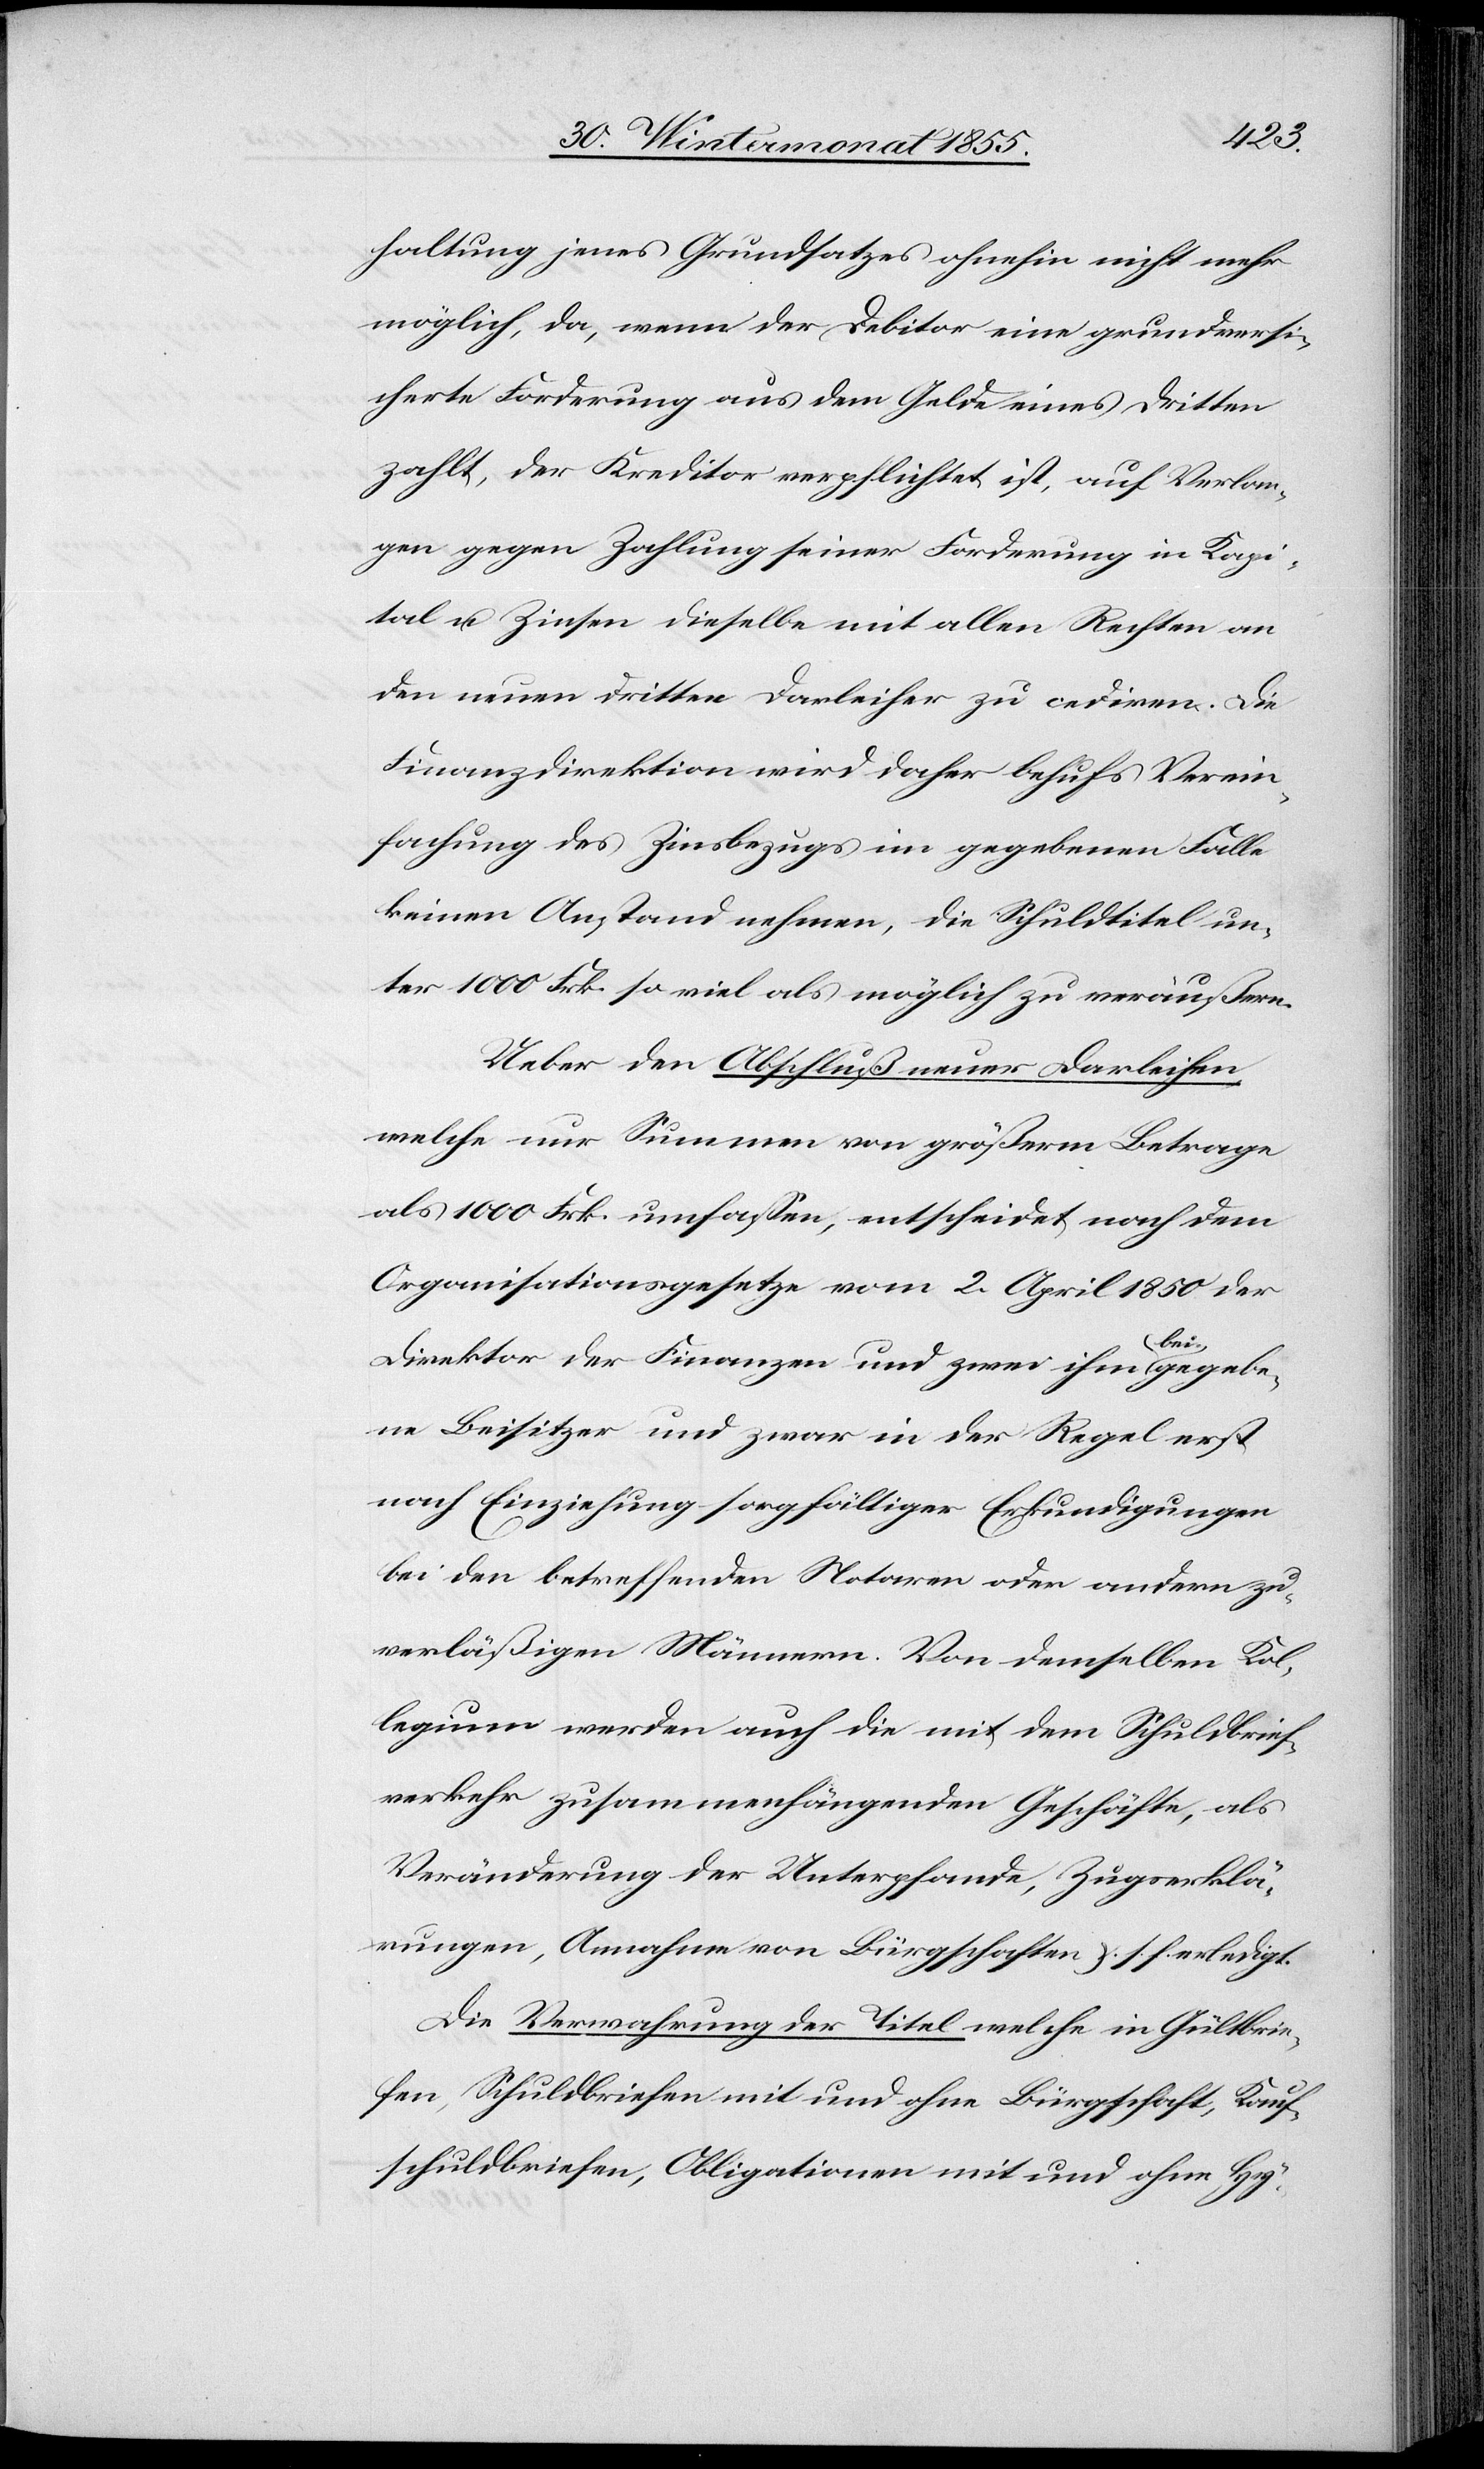
haltung jenes Grundsatzes ohnehin nicht mehr
möglich, da, wenn der Debitor eine grundversi¬
cherte Forderung aus dem Gelde eines Dritten
zahlt, der Kreditor verpflichtet ist, auf Verlan¬
gen gegen Zahlung seiner Forderung in Kapi¬
tal u. Zinsen dieselbe mit allen Rechten an
den neuen Dritten Darleiher zu cediren. Die
Finanzdirektion wird daher behufs Verein¬
fachung des Zinsbezugs im gegebenen Falle
keinen Anstand nehmen, die Schuldtitel un¬
ter 1000 Frk. so viel als möglich zu veräußern.
Ueber den Abschluß neuer Darleihen
welche nur Summen von größerm Betrage
als 1000 Frk. umfassen, entscheidet nach dem
Organisationsgesetze vom 2. April 1850 der
Direktor der Finanzen und zwei ihm beigegebe¬
ne Beisitzer und zwar in der Regel erst
nach Einziehung sorgfältiger Erkundigungen
bei den betreffenden Notaren oder andern zu¬
verläßigen Männern. Von demselben Kol¬
legium werden auch die mit dem Schuldbrief¬
verkehr zusammenhängenden Geschäfte, als
Veränderung der Unterpfande, Zugserklä¬
rungen, Annahme von Bürgschaften &. s. f. erledigt.
Die Verwahrung der Titel welche in Gültbrie¬
fen, Schuldbriefen mit und ohne Bürgschaft, Kauf¬
schuldbriefen, Obligationen mit und ohne Hy-